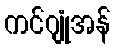
ကင်ဂျုံအန်